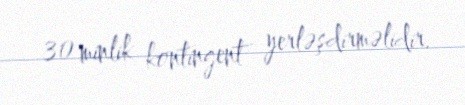
30 minlik kontingent yerləşdirməlidir.